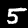
Label: 5